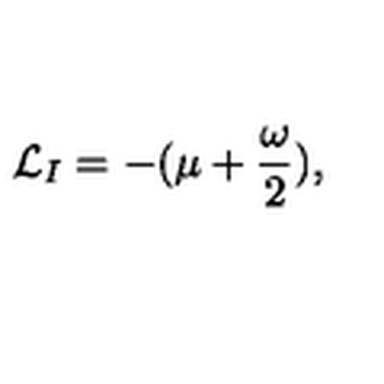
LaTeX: { \cal L } _ { I } = - ( \mu + \frac { \omega } { 2 } ) ,